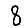
Digit: 8